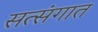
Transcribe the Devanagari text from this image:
सत्संगात